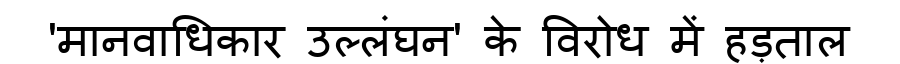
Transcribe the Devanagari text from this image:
'मानवाधिकार उल्लंघन' के विरोध में हड़ताल